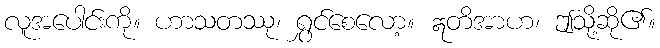
လူအပေါင်းကို။ ဟာသတဿု၊ ရွှင်စေလော့။ ဣတိအာဟ၊ ဤသို့ဆို၏။